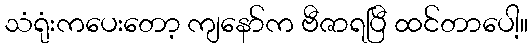
သံရုံးကပေးတော့ ကျနော်က ဗီဇာရပြီ ထင်တာပေါ့။